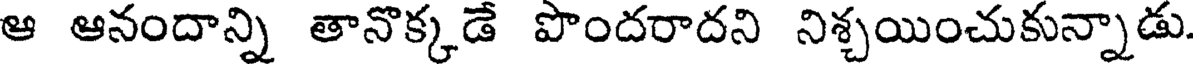
ఆ ఆనందాన్ని తానొక్కడే పొందరాదని నిశ్చయించుకున్నాడు.